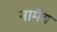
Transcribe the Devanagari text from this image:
नामैव